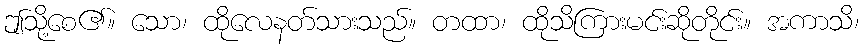
ဤသို့စေ၏။ သော၊ ထိုလေနတ်သားသည်။ တထာ၊ ထိုသိကြားမင်းဆိုတိုင်း။ အကာသိ၊